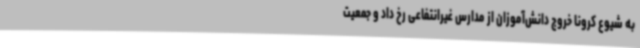
به شیوع کرونا خروج دانش‌آموزان از مدارس غیرانتفاعی رخ داد و جمعیت